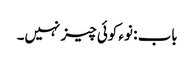
باب : نوء کوئی چیز نہیں۔